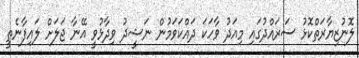
ލޮނުޒިޔާރަތްކޮޅު ސަރައްދުގައި މިއަދު ވާހަކަ ދައްކަވަމުން ނަޝީދު ވިދާޅުވީ އޭނާ ޖަލަށް ލައިފާނެތީ